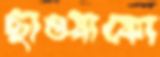
ছাওয়াকো